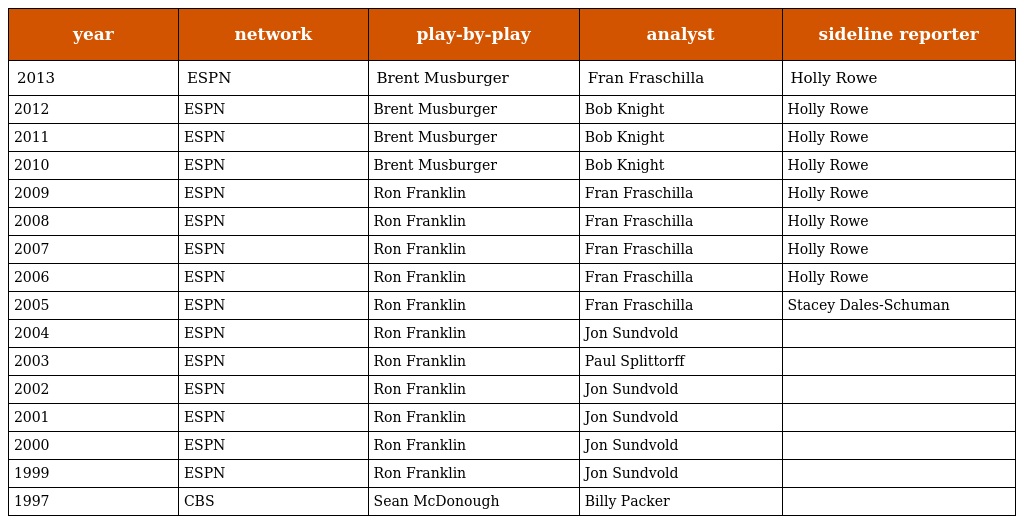
| year | network | play-by-play | analyst | sideline reporter |
 | --- | --- | --- | --- | --- |
 | 2013 | ESPN | Brent Musburger | Fran Fraschilla | Holly Rowe |
 | 2012 | ESPN | Brent Musburger | Bob Knight | Holly Rowe |
 | 2011 | ESPN | Brent Musburger | Bob Knight | Holly Rowe |
 | 2010 | ESPN | Brent Musburger | Bob Knight | Holly Rowe |
 | 2009 | ESPN | Ron Franklin | Fran Fraschilla | Holly Rowe |
 | 2008 | ESPN | Ron Franklin | Fran Fraschilla | Holly Rowe |
 | 2007 | ESPN | Ron Franklin | Fran Fraschilla | Holly Rowe |
 | 2006 | ESPN | Ron Franklin | Fran Fraschilla | Holly Rowe |
 | 2005 | ESPN | Ron Franklin | Fran Fraschilla | Stacey Dales-Schuman |
 | 2004 | ESPN | Ron Franklin | Jon Sundvold |  |
 | 2003 | ESPN | Ron Franklin | Paul Splittorff |  |
 | 2002 | ESPN | Ron Franklin | Jon Sundvold |  |
 | 2001 | ESPN | Ron Franklin | Jon Sundvold |  |
 | 2000 | ESPN | Ron Franklin | Jon Sundvold |  |
 | 1999 | ESPN | Ron Franklin | Jon Sundvold |  |
 | 1997 | CBS | Sean McDonough | Billy Packer |  |